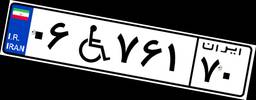
۰۶W۷۶۱۷۰